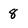
Character: 8